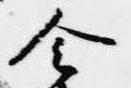
令